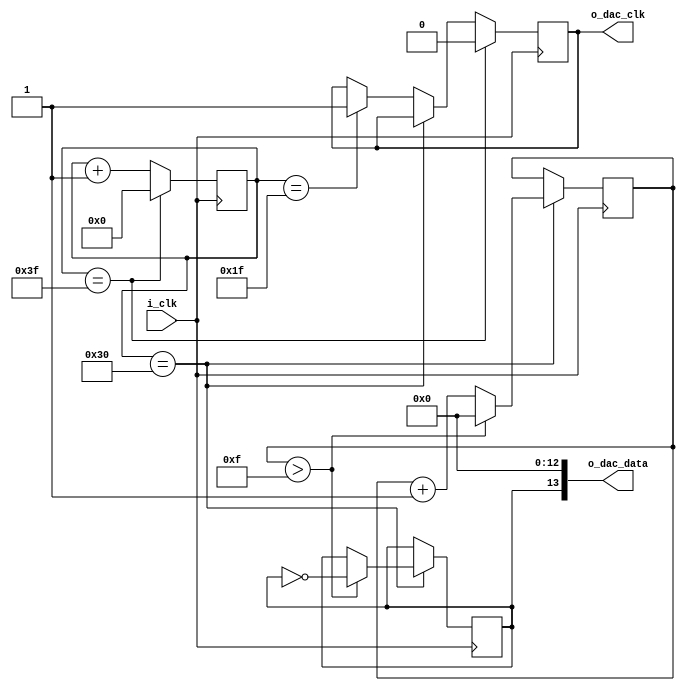
module ad9767if
  (input i_clk,
  output o_dac_clk,
  output[13:0] o_dac_data);
  
  reg r_dac_clk = 0;
  reg[13:0] r_dac_data = 0;

  reg[7:0] dac_clk_ctr = 0;
  reg[12:0] data_clk_ctr = 0;

  always @(posedge i_clk)
  begin
    if (dac_clk_ctr == 48)
      if (data_clk_ctr > 15)
      begin
        r_dac_data[13] = ~r_dac_data[13];
        data_clk_ctr <= 0;
      end
      else
        data_clk_ctr <= data_clk_ctr + 1;
    else if (dac_clk_ctr == 31)
      r_dac_clk <= 1;
    if (dac_clk_ctr == 63)
    begin
      dac_clk_ctr <= 0;
      r_dac_clk <= 0;
    end
    else
      dac_clk_ctr <= dac_clk_ctr + 1;
  end

  assign o_dac_clk = r_dac_clk;
  assign o_dac_data = r_dac_data;

endmodule